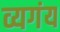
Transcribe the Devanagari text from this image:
व्यगंय